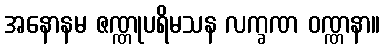
အနောနမ ဇဏ္ဏုပရိမသန လက္ခဏ ဝဏ္ဏနာ။